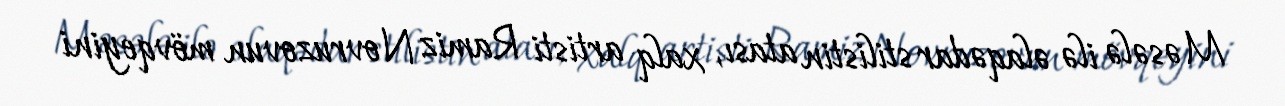
Məsələ ilə əlaqədar stilistin atası, xalq artisti Ramiz Novruzovun mövqeyini